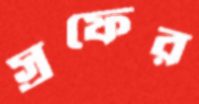
স্রফের